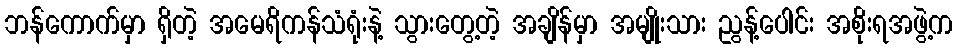
ဘန်ကောက်မှာ ရှိတဲ့ အမေရိကန်သံရုံးနဲ့ သွားတွေ့တဲ့ အချိန်မှာ အမျိုးသား ညွန့်ပေါင်း အစိုးရအဖွဲ့က